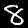
Digit: 8